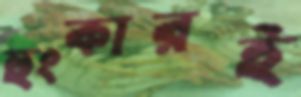
হুংকারই